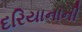
દરિયાનાની